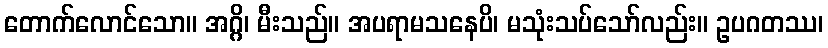
တောက်လောင်သော။ အဂ္ဂိ၊ မီးသည်။ အပရာမသနေပိ၊ မသုံးသပ်သော်လည်း။ ဥပဂတဿ၊